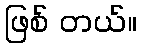
ဖြစ် တယ်။